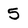
Character: 5